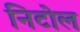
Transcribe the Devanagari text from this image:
निटोल